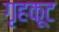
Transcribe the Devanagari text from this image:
गृहकूट